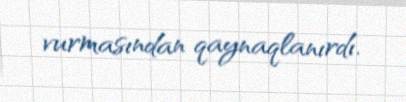
vurmasından qaynaqlanırdı.